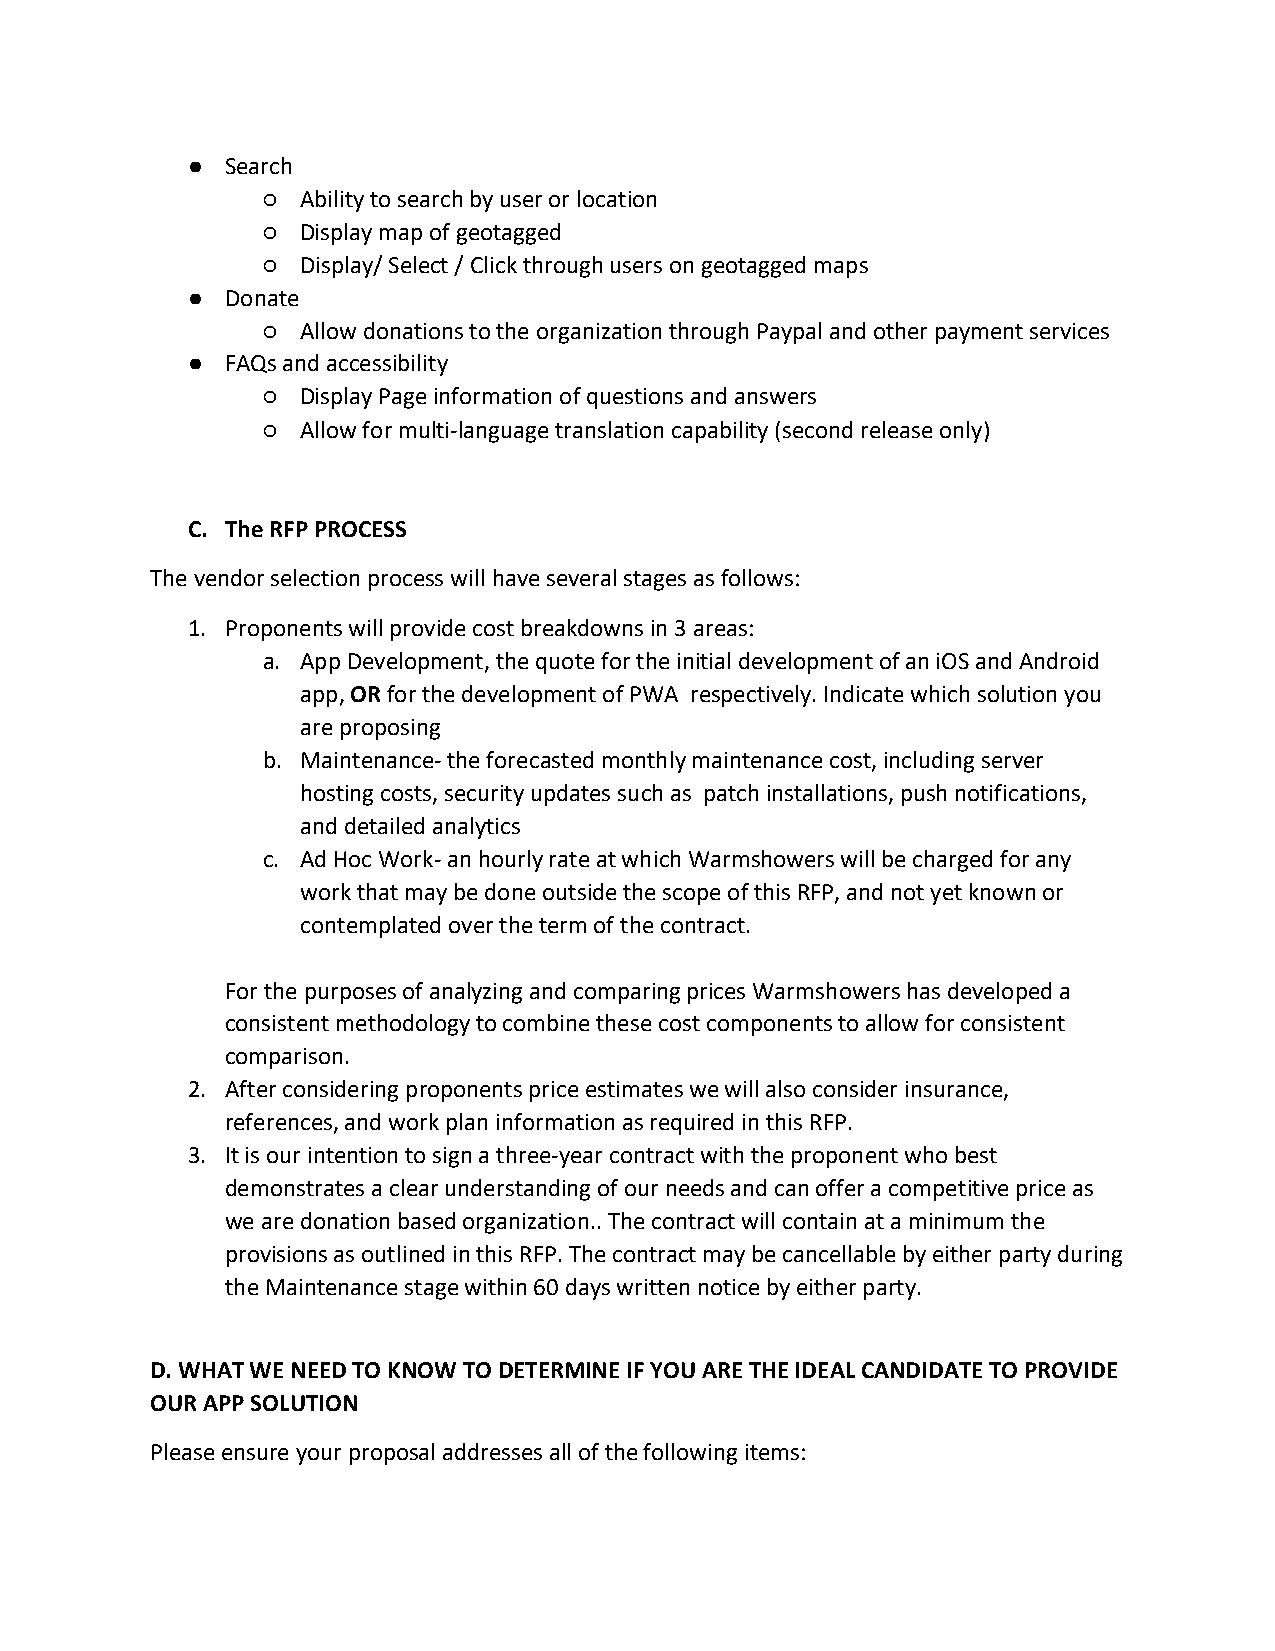
●  Search
 ○  Ability to search by user or location
 ○  Display map of geotagged
 ○  Display/ Select / Click through users on geotagged maps
 ●  Donate
 ○  Allow donations to the organization through Paypal and other payment services
 ●  FAQs and accessibility
 ○  Display Page information of questions and answers
 ○  Allow for multi-language translation capability (second release only)
 C. The RFP PROCESS
 The vendor selection process will have several stages as follows:
 1. Proponents will provide cost breakdowns in 3 areas:
 a. App Development, the quote for the initial development of an iOS and Android
 app, OR for the development of PWA respectively. Indicate which solution you
 are proposing
 b. Maintenance- the forecasted monthly maintenance cost, including server
 hosting costs, security updates such as patch installations, push notifications,
 and detailed analytics
 c. Ad Hoc Work- an hourly rate at which Warmshowers will be charged for any
 work that may be done outside the scope of this RFP, and not yet known or
 contemplated over the term of the contract.
 For the purposes of analyzing and comparing prices Warmshowers has developed a
 consistent methodology to combine these cost components to allow for consistent
 comparison.
 2. After considering proponents price estimates we will also consider insurance,
 references, and work plan information as required in this RFP.
 3. It is our intention to sign a three-year contract with the proponent who best
 demonstrates a clear understanding of our needs and can offer a competitive price as
 we are donation based organization.. The contract will contain at a minimum the
 provisions as outlined in this RFP. The contract may be cancellable by either party during
 the Maintenance stage within 60 days written notice by either party.
 D. WHAT WE NEED TO KNOW TO DETERMINE IF YOU ARE THE IDEAL CANDIDATE TO PROVIDE
 OUR APP SOLUTION
 Please ensure your proposal addresses all of the following items: